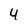
Character: 4